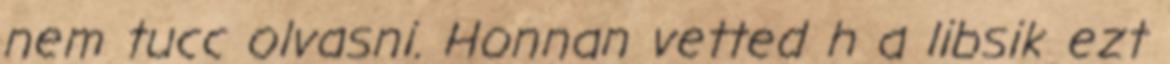
nem tucc olvasni. Honnan vetted h a libsik ezt